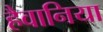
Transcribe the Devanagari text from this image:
हैवानिया